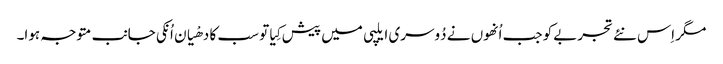
مگر اِس نئے تجربےکو جب اُنھوں نے دُوسری ایلپی میں پیش کِیا تو سب کا دھْیان اُنکی جانب متوجہ ہوا۔